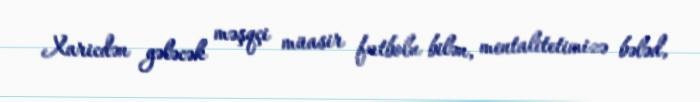
Xaricdən gələcək məşqçi müasir futbolu bilən, mentalitetimizə bələd,